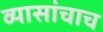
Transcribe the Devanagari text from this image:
व्यासांचाच